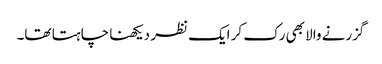
گزرنے والا بھی رک کر ایک نظر دیکھنا چاہتا تھا۔